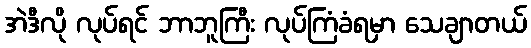
အဲဒီလို လုပ်ရင် ဘာဘူကြီး လုပ်ကြံခံရမှာ သေချာတယ်